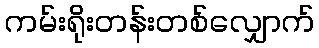
ကမ်းရိုးတန်းတစ်လျှောက်